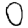
Digit: 0